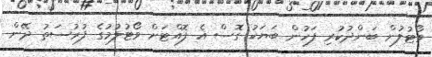
ވޯޓުލުން ބަންދުކުރި ފަހުން ބަޔަކު ގޮސް އެ ފޮއްޓަށް ވޯޓުލުމުގެ ފުރުސަތު ދޭން